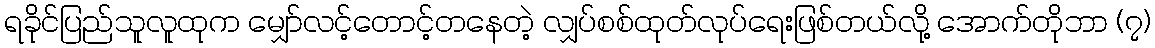
ရခိုင်ပြည်သူလူထုက မျှော်လင့်တောင့်တနေတဲ့ လျှပ်စစ်ထုတ်လုပ်ရေးဖြစ်တယ်လို့ အောက်တိုဘာ (၇)